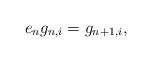
LaTeX: \begin{align*} e_n g_{n,i} = g_{n+1,i},\end{align*}